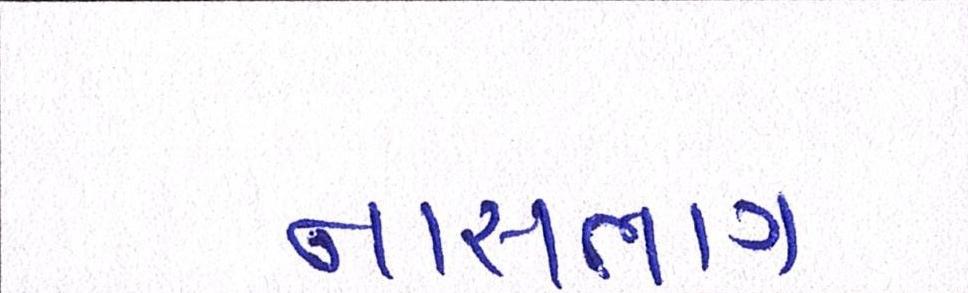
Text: નાસભાગ